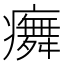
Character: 𭼳